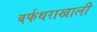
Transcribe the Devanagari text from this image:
बर्फथराखाली